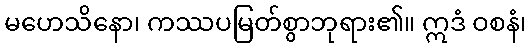
မဟေသိနော၊ ကဿပမြတ်စွာဘုရား၏။ ဣဒံ ဝစနံ၊